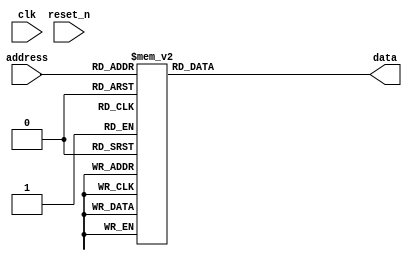
module LookUpTable(
clk,
reset_n,
address,
data,
);
input clk;
input reset_n;
input [ 7 : 0 ] address;
output reg [ 7 : 0 ] data;
always @(*)
begin
    case(address)
8'd0: data <= 8'd128;
8'd1: data <= 8'd130;
8'd2: data <= 8'd133;
8'd3: data <= 8'd135;
8'd4: data <= 8'd138;
8'd5: data <= 8'd140;
8'd6: data <= 8'd143;
8'd7: data <= 8'd145;
8'd8: data <= 8'd147;
8'd9: data <= 8'd150;
8'd10: data <= 8'd152;
8'd11: data <= 8'd155;
8'd12: data <= 8'd157;
8'd13: data <= 8'd160;
8'd14: data <= 8'd162;
8'd15: data <= 8'd164;
8'd16: data <= 8'd167;
8'd17: data <= 8'd169;
8'd18: data <= 8'd171;
8'd19: data <= 8'd174;
8'd20: data <= 8'd176;
8'd21: data <= 8'd178;
8'd22: data <= 8'd180;
8'd23: data <= 8'd182;
8'd24: data <= 8'd184;
8'd25: data <= 8'd186;
8'd26: data <= 8'd188;
8'd27: data <= 8'd190;
8'd28: data <= 8'd192;
8'd29: data <= 8'd194;
8'd30: data <= 8'd196;
8'd31: data <= 8'd198;
8'd32: data <= 8'd200;
8'd33: data <= 8'd202;
8'd34: data <= 8'd203;
8'd35: data <= 8'd205;
8'd36: data <= 8'd207;
8'd37: data <= 8'd208;
8'd38: data <= 8'd210;
8'd39: data <= 8'd211;
8'd40: data <= 8'd213;
8'd41: data <= 8'd214;
8'd42: data <= 8'd215;
8'd43: data <= 8'd216;
8'd44: data <= 8'd218;
8'd45: data <= 8'd219;
8'd46: data <= 8'd220;
8'd47: data <= 8'd221;
8'd48: data <= 8'd222;
8'd49: data <= 8'd223;
8'd50: data <= 8'd224;
8'd51: data <= 8'd225;
8'd52: data <= 8'd225;
8'd53: data <= 8'd226;
8'd54: data <= 8'd227;
8'd55: data <= 8'd227;
8'd56: data <= 8'd228;
8'd57: data <= 8'd228;
8'd58: data <= 8'd228;
8'd59: data <= 8'd229;
8'd60: data <= 8'd229;
8'd61: data <= 8'd229;
8'd62: data <= 8'd229;
8'd63: data <= 8'd229;
8'd64: data <= 8'd229;
8'd65: data <= 8'd229;
8'd66: data <= 8'd229;
8'd67: data <= 8'd229;
8'd68: data <= 8'd229;
8'd69: data <= 8'd229;
8'd70: data <= 8'd228;
8'd71: data <= 8'd228;
8'd72: data <= 8'd227;
8'd73: data <= 8'd227;
8'd74: data <= 8'd226;
8'd75: data <= 8'd226;
8'd76: data <= 8'd225;
8'd77: data <= 8'd224;
8'd78: data <= 8'd223;
8'd79: data <= 8'd222;
8'd80: data <= 8'd221;
8'd81: data <= 8'd220;
8'd82: data <= 8'd219;
8'd83: data <= 8'd218;
8'd84: data <= 8'd217;
8'd85: data <= 8'd216;
8'd86: data <= 8'd215;
8'd87: data <= 8'd213;
8'd88: data <= 8'd212;
8'd89: data <= 8'd210;
8'd90: data <= 8'd209;
8'd91: data <= 8'd207;
8'd92: data <= 8'd206;
8'd93: data <= 8'd204;
8'd94: data <= 8'd202;
8'd95: data <= 8'd201;
8'd96: data <= 8'd199;
8'd97: data <= 8'd197;
8'd98: data <= 8'd195;
8'd99: data <= 8'd193;
8'd100: data <= 8'd191;
8'd101: data <= 8'd189;
8'd102: data <= 8'd187;
8'd103: data <= 8'd185;
8'd104: data <= 8'd183;
8'd105: data <= 8'd181;
8'd106: data <= 8'd179;
8'd107: data <= 8'd177;
8'd108: data <= 8'd175;
8'd109: data <= 8'd172;
8'd110: data <= 8'd170;
8'd111: data <= 8'd168;
8'd112: data <= 8'd166;
8'd113: data <= 8'd163;
8'd114: data <= 8'd161;
8'd115: data <= 8'd158;
8'd116: data <= 8'd156;
8'd117: data <= 8'd154;
8'd118: data <= 8'd151;
8'd119: data <= 8'd149;
8'd120: data <= 8'd146;
8'd121: data <= 8'd144;
8'd122: data <= 8'd141;
8'd123: data <= 8'd139;
8'd124: data <= 8'd136;
8'd125: data <= 8'd134;
8'd126: data <= 8'd131;
8'd127: data <= 8'd129;
8'd128: data <= 8'd126;
8'd129: data <= 8'd124;
8'd130: data <= 8'd121;
8'd131: data <= 8'd119;
8'd132: data <= 8'd116;
8'd133: data <= 8'd114;
8'd134: data <= 8'd111;
8'd135: data <= 8'd109;
8'd136: data <= 8'd106;
8'd137: data <= 8'd104;
8'd138: data <= 8'd101;
8'd139: data <= 8'd99;
8'd140: data <= 8'd97;
8'd141: data <= 8'd94;
8'd142: data <= 8'd92;
8'd143: data <= 8'd89;
8'd144: data <= 8'd87;
8'd145: data <= 8'd85;
8'd146: data <= 8'd83;
8'd147: data <= 8'd80;
8'd148: data <= 8'd78;
8'd149: data <= 8'd76;
8'd150: data <= 8'd74;
8'd151: data <= 8'd72;
8'd152: data <= 8'd70;
8'd153: data <= 8'd68;
8'd154: data <= 8'd66;
8'd155: data <= 8'd64;
8'd156: data <= 8'd62;
8'd157: data <= 8'd60;
8'd158: data <= 8'd58;
8'd159: data <= 8'd56;
8'd160: data <= 8'd54;
8'd161: data <= 8'd53;
8'd162: data <= 8'd51;
8'd163: data <= 8'd49;
8'd164: data <= 8'd48;
8'd165: data <= 8'd46;
8'd166: data <= 8'd45;
8'd167: data <= 8'd43;
8'd168: data <= 8'd42;
8'd169: data <= 8'd40;
8'd170: data <= 8'd39;
8'd171: data <= 8'd38;//00100000
8'd172: data <= 8'd37;
8'd173: data <= 8'd36;
8'd174: data <= 8'd35;
8'd175: data <= 8'd34;// 11
8'd176: data <= 8'd33;
8'd177: data <= 8'd32;//00100000
8'd178: data <= 8'd31;// 28
8'd179: data <= 8'd30;
8'd180: data <= 8'd29;
8'd181: data <= 8'd29;
8'd182: data <= 8'd28;
8'd183: data <= 8'd28;//00011100
8'd184: data <= 8'd27;
8'd185: data <= 8'd27;//00011011  2
8'd186: data <= 8'd26;
8'd187: data <= 8'd26;
8'd188: data <= 8'd26;
8'd189: data <= 8'd26;
8'd190: data <= 8'd26;//00011010
8'd191: data <= 8'd26;
8'd192: data <= 8'd26;
8'd193: data <= 8'd26;
8'd194: data <= 8'd26;
8'd195: data <= 8'd26;
8'd196: data <= 8'd26;//11
8'd197: data <= 8'd27;
8'd198: data <= 8'd27;
8'd199: data <= 8'd27;//    3
8'd200: data <= 8'd28;
8'd201: data <= 8'd28;
8'd202: data <= 8'd29;//     3
8'd203: data <= 8'd30;
8'd204: data <= 8'd30;
8'd205: data <= 8'd31;//    3  11 11 9 31
8'd206: data <= 8'd32;
8'd207: data <= 8'd33;
8'd208: data <= 8'd34;
8'd209: data <= 8'd35;
8'd210: data <= 8'd36;
8'd211: data <= 8'd37;
8'd212: data <= 8'd39;
8'd213: data <= 8'd40;
8'd214: data <= 8'd41;
8'd215: data <= 8'd42;
8'd216: data <= 8'd44;
8'd217: data <= 8'd45;
8'd218: data <= 8'd47;
8'd219: data <= 8'd48;
8'd220: data <= 8'd50;
8'd221: data <= 8'd52;
8'd222: data <= 8'd53;
8'd223: data <= 8'd55;
8'd224: data <= 8'd57;
8'd225: data <= 8'd59;
8'd226: data <= 8'd61;
8'd227: data <= 8'd63;
8'd228: data <= 8'd65;
8'd229: data <= 8'd67;
8'd230: data <= 8'd69;
8'd231: data <= 8'd71;
8'd232: data <= 8'd73;
8'd233: data <= 8'd75;
8'd234: data <= 8'd77;
8'd235: data <= 8'd79;
8'd236: data <= 8'd81;
8'd237: data <= 8'd84;
8'd238: data <= 8'd86;
8'd239: data <= 8'd88;
8'd240: data <= 8'd91;
8'd241: data <= 8'd93;
8'd242: data <= 8'd95;
8'd243: data <= 8'd98;
8'd244: data <= 8'd100;
8'd245: data <= 8'd103;
8'd246: data <= 8'd105;
8'd247: data <= 8'd108;
8'd248: data <= 8'd110;
8'd249: data <= 8'd112;
8'd250: data <= 8'd115;
8'd251: data <= 8'd117;
8'd252: data <= 8'd120;
8'd253: data <= 8'd122;
8'd254: data <= 8'd125;
8'd255: data <= 8'd127;
endcase
end
endmodule